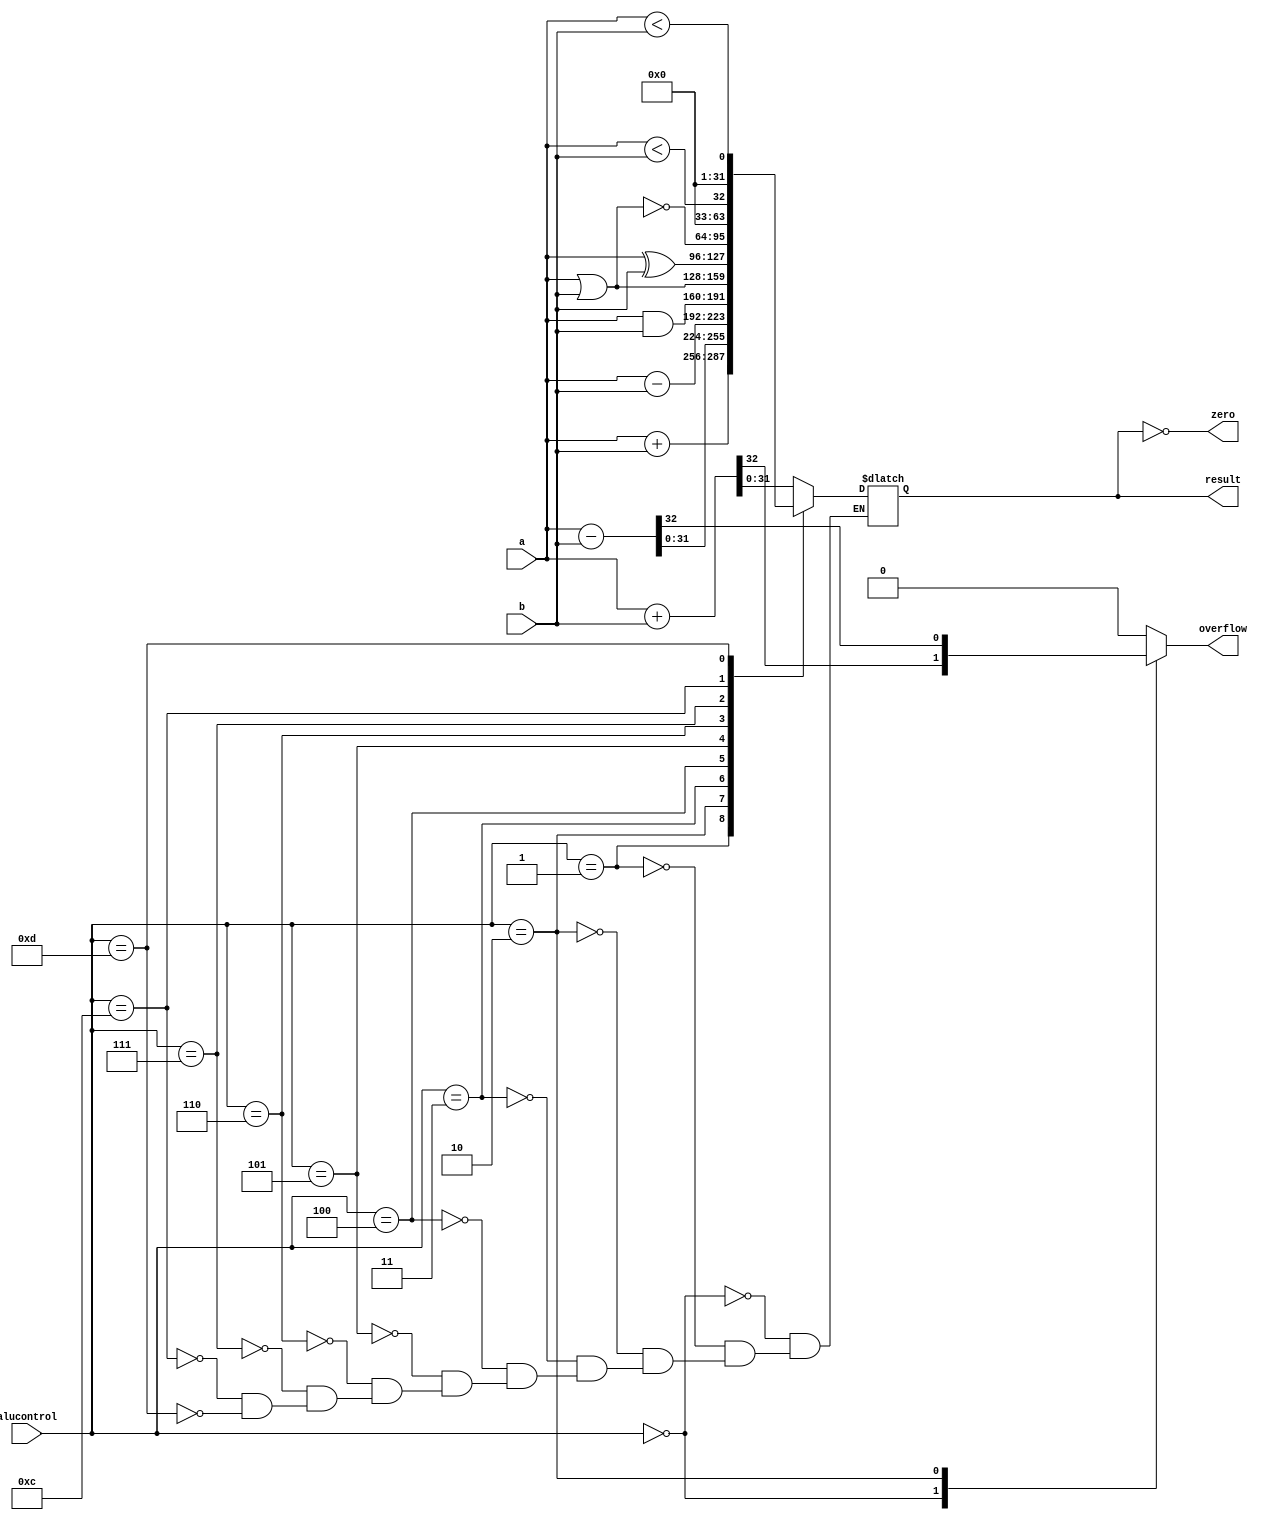
module alu(input		    [31:0]	a, 
           input		    [31:0]	b, 
	         input		    [3:0]	 alucontrol,
           output	reg	[31:0]	result,
	         output				        zero,
	         output	reg			     overflow);
	         
	assign zero = (result == 32'b0);
	
	always @(*)
	begin
		overflow = 1'b0;
		case (alucontrol)
			4'b0000: {overflow,result} = $signed(a) + $signed(b);
			4'b0001: result = a + b;
			4'b0010: {overflow,result} = $signed(a) - $signed(b);
			4'b0011: result = a - b;
			4'b0100: result = a & b;
			4'b0101: result = a | b;
			4'b0110: result = a ^ b;
			4'b0111: result = ~(a | b);
			4'b1100: result = ($signed(a) < $signed(b));
			4'b1101: result = (a < b);
		endcase
	end
	
endmodule